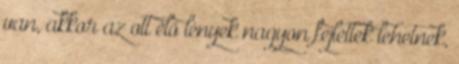
van, akkor az ott élő lények nagyon fejlettek lehetnek,